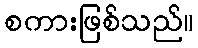
စကားဖြစ်သည်။